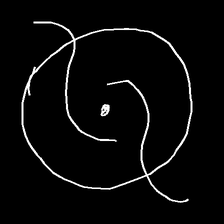
Glyph: repetition